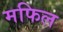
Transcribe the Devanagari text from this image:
मफिल